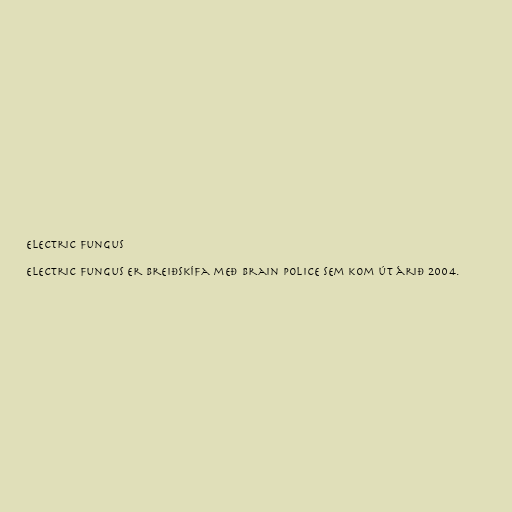
Electric Fungus

Electric Fungus er breiðskífa með Brain Police sem kom út árið 2004.